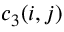
c _ { 3 } ( i , j )